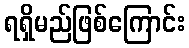
ရရှိမည်ဖြစ်ကြောင်း